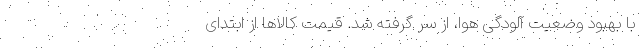
با بهبود وضعیت آلودگی هوا، از سر گرفته شد. قیمت کالا‌ها از ابتدای